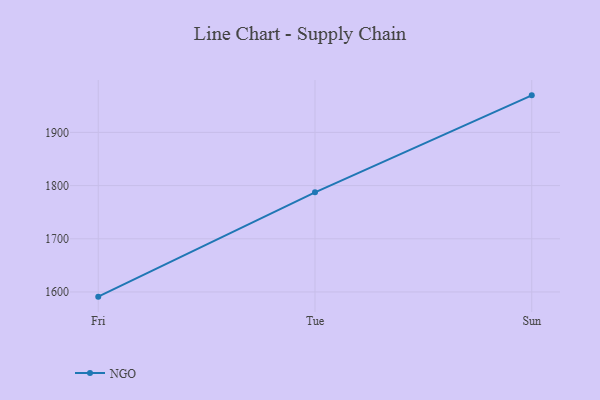
{"axis": {"x": "Day", "y": "Tickets Resolved"}, "legend": ["NGO"], "data": [{"x": "Fri", "y": 1591.2, "type": "NGO"}, {"x": "Tue", "y": 1787.3, "type": "NGO"}, {"x": "Sun", "y": 1969.7, "type": "NGO"}]}